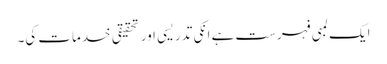
ایک لمبی فہرست ہے انکی تدریسی اور تحقیقی خدمات کی۔